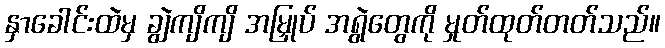
နှာခေါင်းထဲမှ ချွဲကျိကျိ အမြှုပ် အရွဲတွေကို မှုတ်ထုတ်တတ်သည်။